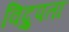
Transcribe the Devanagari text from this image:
विद्रुपता